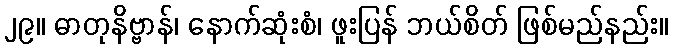
၂၉။ ဓာတုနိဗ္ဗာန်၊ နောက်ဆုံးစံ၊ ဖူးပြန် ဘယ်စိတ် ဖြစ်မည်နည်း။